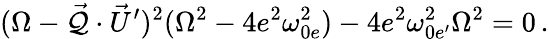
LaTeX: (\Omega-\vec{\cal Q}\cdot\vec{U}^{\prime})^{2}(\Omega^{2}-4e^{2}\omega_{0e}^{2})-4e^{2}\omega_{0e^{\prime}}^{2}\Omega^{2}=0\, .